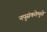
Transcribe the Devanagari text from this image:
नपुसंकतेमुळे